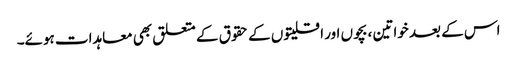
اس کے بعد خواتین ، بچوں اور اقلیتوں کے حقوق کے متعلق بھی معاہدات ہوئے۔